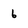
Character: 6